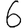
Digit: 6